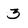
Character: 3